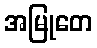
အမြုတေ